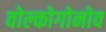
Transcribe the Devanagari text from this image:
वोल्कोगोनोव